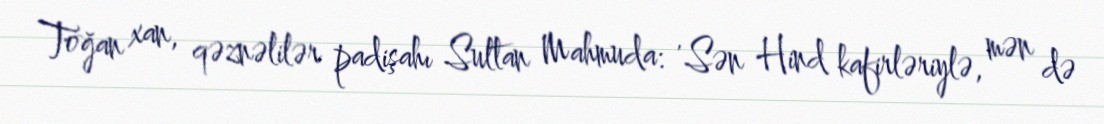
Toğan xan, qəznəlilər padişahı Sultan Mahmuda: 'Sən Hind kafirləriylə, mən də